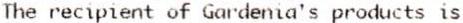
THE RECIPIENT OF GARDENIA'S PRODUCTS IS